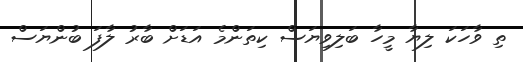
ތި ވާހަކަ ލިޔާ މީހާ ބަލިވިޔަސް ކިތަންމެ އަޑަށް ބާރު ލާފަ ބުންޔަސް